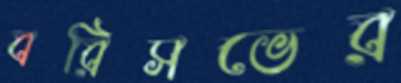
বরিসভের